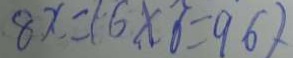
8 x = 1 6 \times 6 = 9 6 )